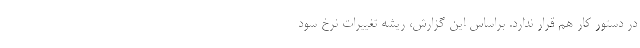
در دستور کار هم‌ قرار ندارد. براساس این گزارش، ریشه تغییرات نرخ سود